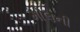
મોલની